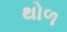
થોળ